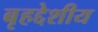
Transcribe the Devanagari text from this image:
बृहद्देशीय